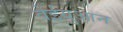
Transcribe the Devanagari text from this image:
वेईयुआन